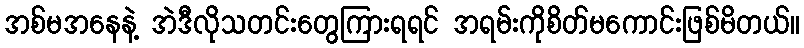
အစ်မအနေနဲ့ အဲဒီလိုသတင်းတွေကြားရရင် အရမ်းကိုစိတ်မကောင်းဖြစ်မိတယ်။